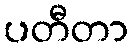
ပတီတာ